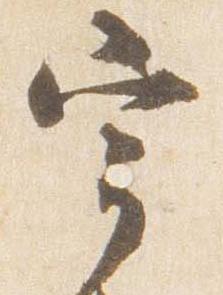
宰